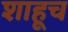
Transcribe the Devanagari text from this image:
शाहूच